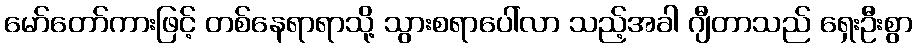
မော်တော်ကားဖြင့် တစ်နေရာရာသို့ သွားစရာပေါ်လာ သည့်အခါ ဂျီတာသည် ရှေးဦးစွာ